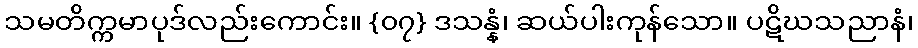
သမတိက္ကမာပုဒ်လည်းကောင်း။ {၀၇} ဒသန္နံ၊ ဆယ်ပါးကုန်သော။ ပဋိဃသညာနံ၊